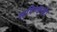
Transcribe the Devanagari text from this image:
सपिण्डनहै।